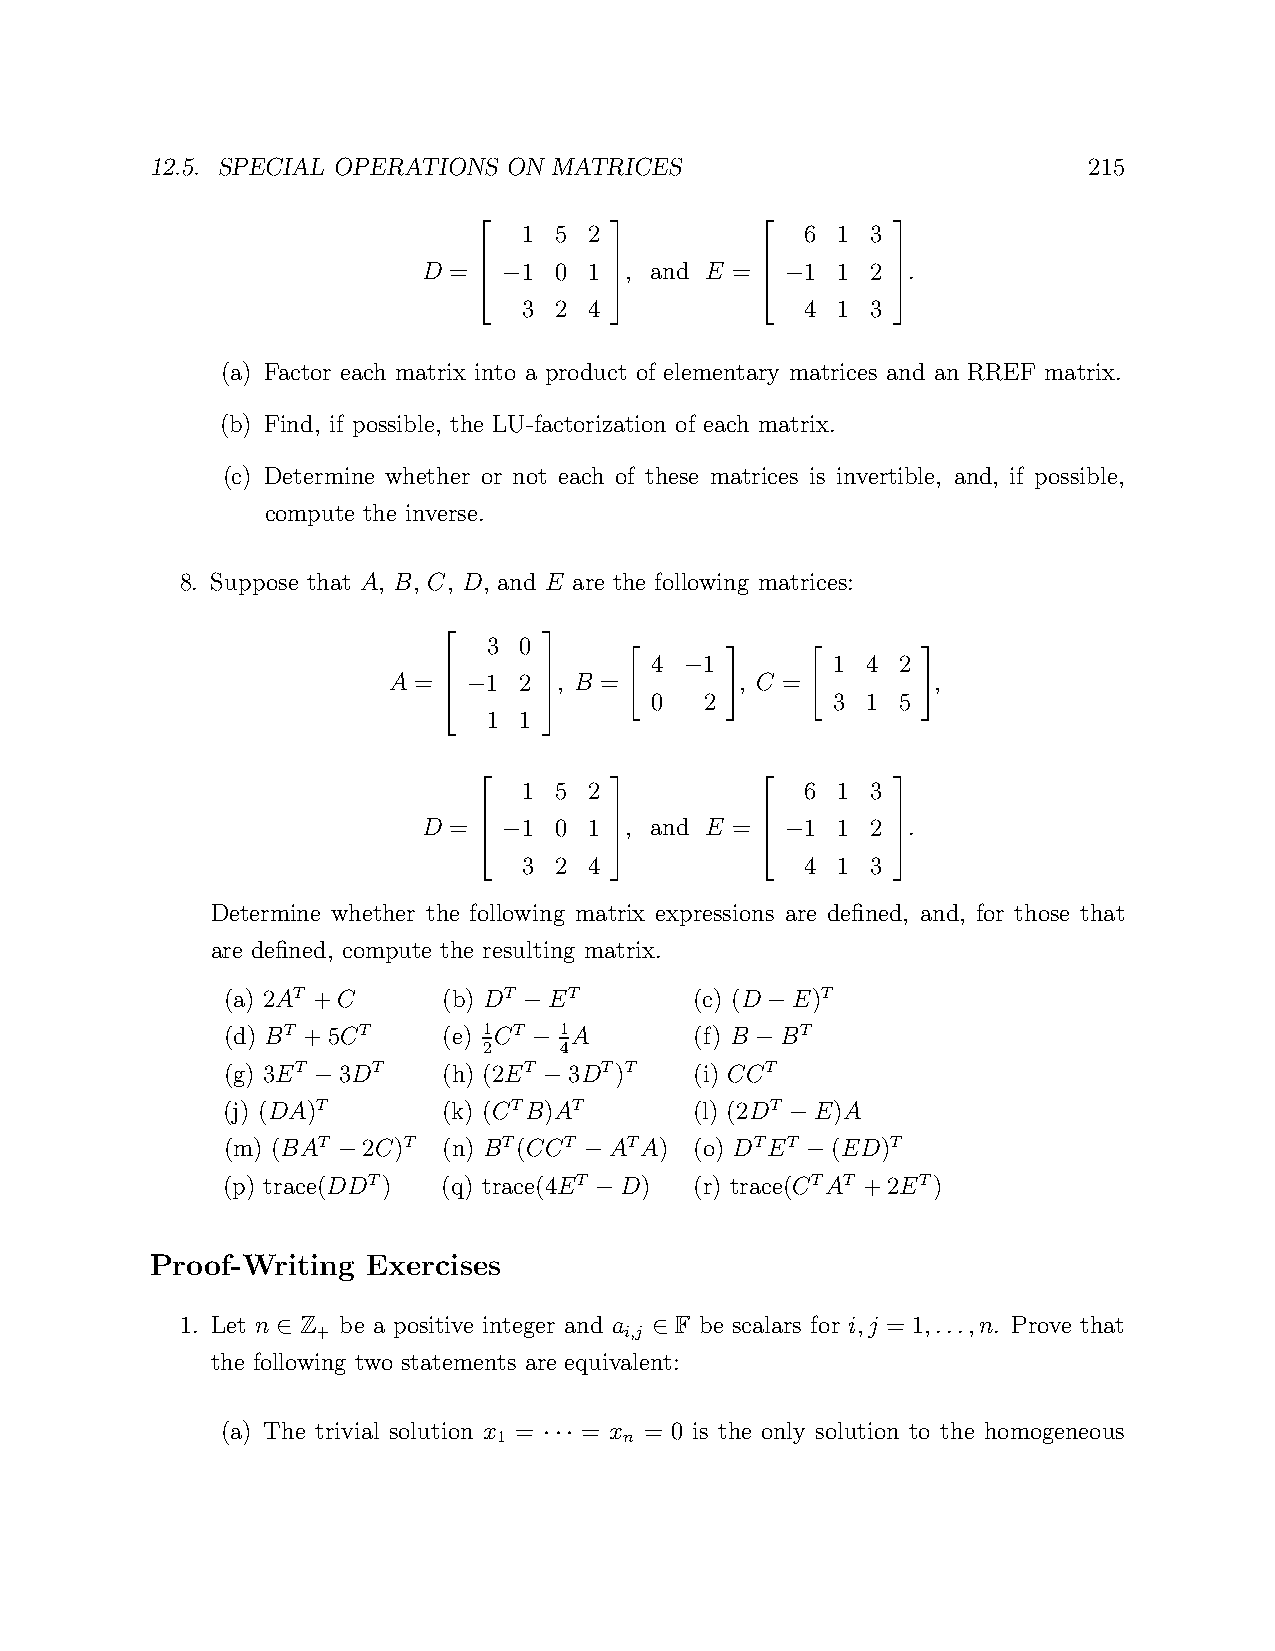
12.5. SPECIAL OPERATIONS ON MATRICES                          215
 1 5 2             6 1  3
 D =    1 0 1 , and E =   1 1  2 .
                          
 −                  −
 3 2 4             4 1  3
                          
                          
 (a) Factor each matrix into a product of elementary matrices and an RREF matrix.
 (b) Find, if possible, the LU-factorization of each matrix.
 (c) Determine whether or not each of these matrices is invertible, and, if possible,
 compute the inverse.
 8. Suppose that A, B, C, D, and E are the following matrices:
 3 0
 4   1       1 4  2
 A =   1 2  , B =   −   , C =        ,
       
 −         " 0   2 #   " 3 1  5 #
 1 1
       
       
 1 5 2             6 1  3
 D =    1 0 1 , and E =   1 1  2 .
                          
 −                  −
 3 2 4             4 1  3
                          
                          
 Determine whether the following matrix expressions are defined, and, for those that
 are defined, compute the resulting matrix.
 (a) 2AT +C    (b) DT ET        (c) (D E)T
 −               −
 (d) BT +5CT   (e) 1CT 1A       (f) B BT
 2  − 4            −
 (g) 3ET 3DT   (h) (2ET 3DT)T   (i) CCT
 −              −
 (j) (DA)T     (k) (CTB)AT      (l) (2DT E)A
 −
 (m) (BAT 2C)T (n) BT(CCT ATA)  (o) DTET (ED)T
 −                −             −
 (p) trace(DDT) (q) trace(4ET D) (r) trace(CTAT +2ET)
 −
 Proof-Writing Exercises
 1. Let n Z be a positive integer and a F be scalars for i,j = 1,...,n. Prove that
 +                   i,j
 ∈                        ∈
 the following two statements are equivalent:
 (a) The trivial solution x = = x = 0 is the only solution to the homogeneous
 1       n
 ···